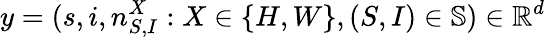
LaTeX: y=(s,i,n_{S,I}^{X}:X\in\{ H,W\} ,(S,I)\in\mathbb{S})\in\mathbb{R}^{d}